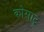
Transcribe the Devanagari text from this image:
कोसाटू